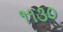
૧૧૩૦